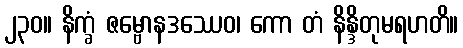
၂၃၀။ နိက္ခံ ဇမ္ဗောနဒဿေဝ၊ ကော တံ နိန္ဒိတုမရဟတိ။